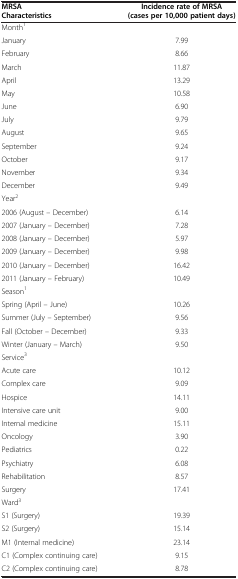
<table><thead><tr><td><b>MRSA Characteristics</b></td><td><b>Incidence rate of MRSA (cases per 10,000 patient days)</b></td></tr></thead><tbody><tr><td>Month<sup>1</sup></td><td> </td></tr><tr><td>January</td><td>7.99</td></tr><tr><td>February</td><td>8.66</td></tr><tr><td>March</td><td>11.87</td></tr><tr><td>April</td><td>13.29</td></tr><tr><td>May</td><td>10.58</td></tr><tr><td>June</td><td>6.90</td></tr><tr><td>July</td><td>9.79</td></tr><tr><td>August</td><td>9.65</td></tr><tr><td>September</td><td>9.24</td></tr><tr><td>October</td><td>9.17</td></tr><tr><td>November</td><td>9.34</td></tr><tr><td>December</td><td>9.49</td></tr><tr><td>Year<sup>2</sup></td><td> </td></tr><tr><td>2006 (August – December)</td><td>6.14</td></tr><tr><td>2007 (January – December)</td><td>7.28</td></tr><tr><td>2008 (January – December)</td><td>5.97</td></tr><tr><td>2009 (January – December)</td><td>9.98</td></tr><tr><td>2010 (January – December)</td><td>16.42</td></tr><tr><td>2011 (January – February)</td><td>10.49</td></tr><tr><td>Season<sup>1</sup></td><td> </td></tr><tr><td>Spring (April – June)</td><td>10.26</td></tr><tr><td>Summer (July – September)</td><td>9.56</td></tr><tr><td>Fall (October – December)</td><td>9.33</td></tr><tr><td>Winter (January – March)</td><td>9.50</td></tr><tr><td>Service<sup>3</sup></td><td> </td></tr><tr><td>Acute care</td><td>10.12</td></tr><tr><td>Complex care</td><td>9.09</td></tr><tr><td>Hospice</td><td>14.11</td></tr><tr><td>Intensive care unit</td><td>9.00</td></tr><tr><td>Internal medicine</td><td>15.11</td></tr><tr><td>Oncology</td><td>3.90</td></tr><tr><td>Pediatrics</td><td>0.22</td></tr><tr><td>Psychiatry</td><td>6.08</td></tr><tr><td>Rehabilitation</td><td>8.57</td></tr><tr><td>Surgery</td><td>17.41</td></tr><tr><td>Ward<sup>3</sup></td><td> </td></tr><tr><td>S1 (Surgery)</td><td>19.39</td></tr><tr><td>S2 (Surgery)</td><td>15.14</td></tr><tr><td>M1 (Internal medicine)</td><td>23.14</td></tr><tr><td>C1 (Complex continuing care)</td><td>9.15</td></tr><tr><td>C2 (Complex continuing care)</td><td>8.78</td></tr></tbody></table>